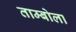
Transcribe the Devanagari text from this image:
ताम्बोला